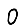
Digit: 0